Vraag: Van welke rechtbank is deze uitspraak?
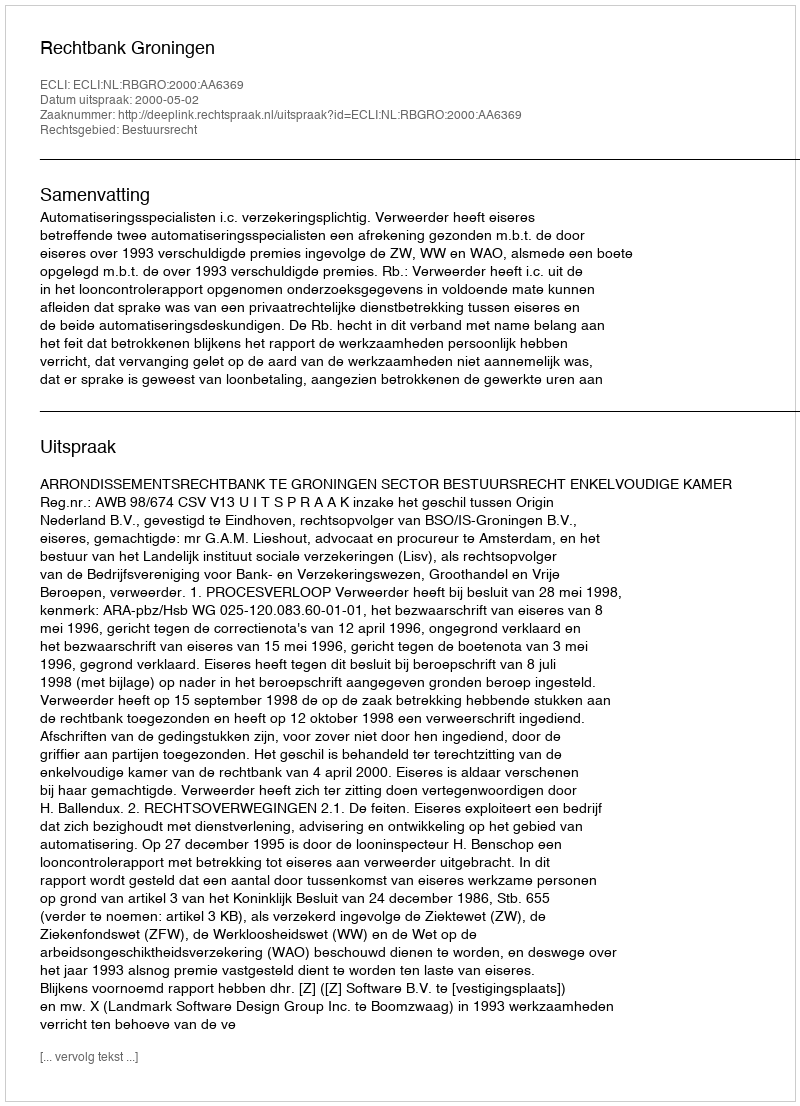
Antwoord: Rechtbank Groningen